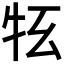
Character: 𤘳